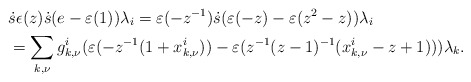
\begin{align*} &\ \dot{s}\epsilon(z)\dot{s}(e-\varepsilon(1))\lambda_i = \varepsilon(-z^{-1}) \dot{s} (\varepsilon(-z)- \varepsilon(z^2-z)) \lambda_i \\ &\ = \sum_{k,\nu} g^i_{k,\nu} (\varepsilon(-z^{-1}(1+x^i_{k,\nu}))-\varepsilon(z^{-1}(z-1)^{-1}(x^i_{k,\nu}-z+1)) )\lambda_k.\end{align*}